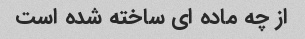
از چه ماده ای ساخته شده است